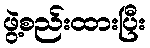
ဖွဲ့စည်းထားပြီး